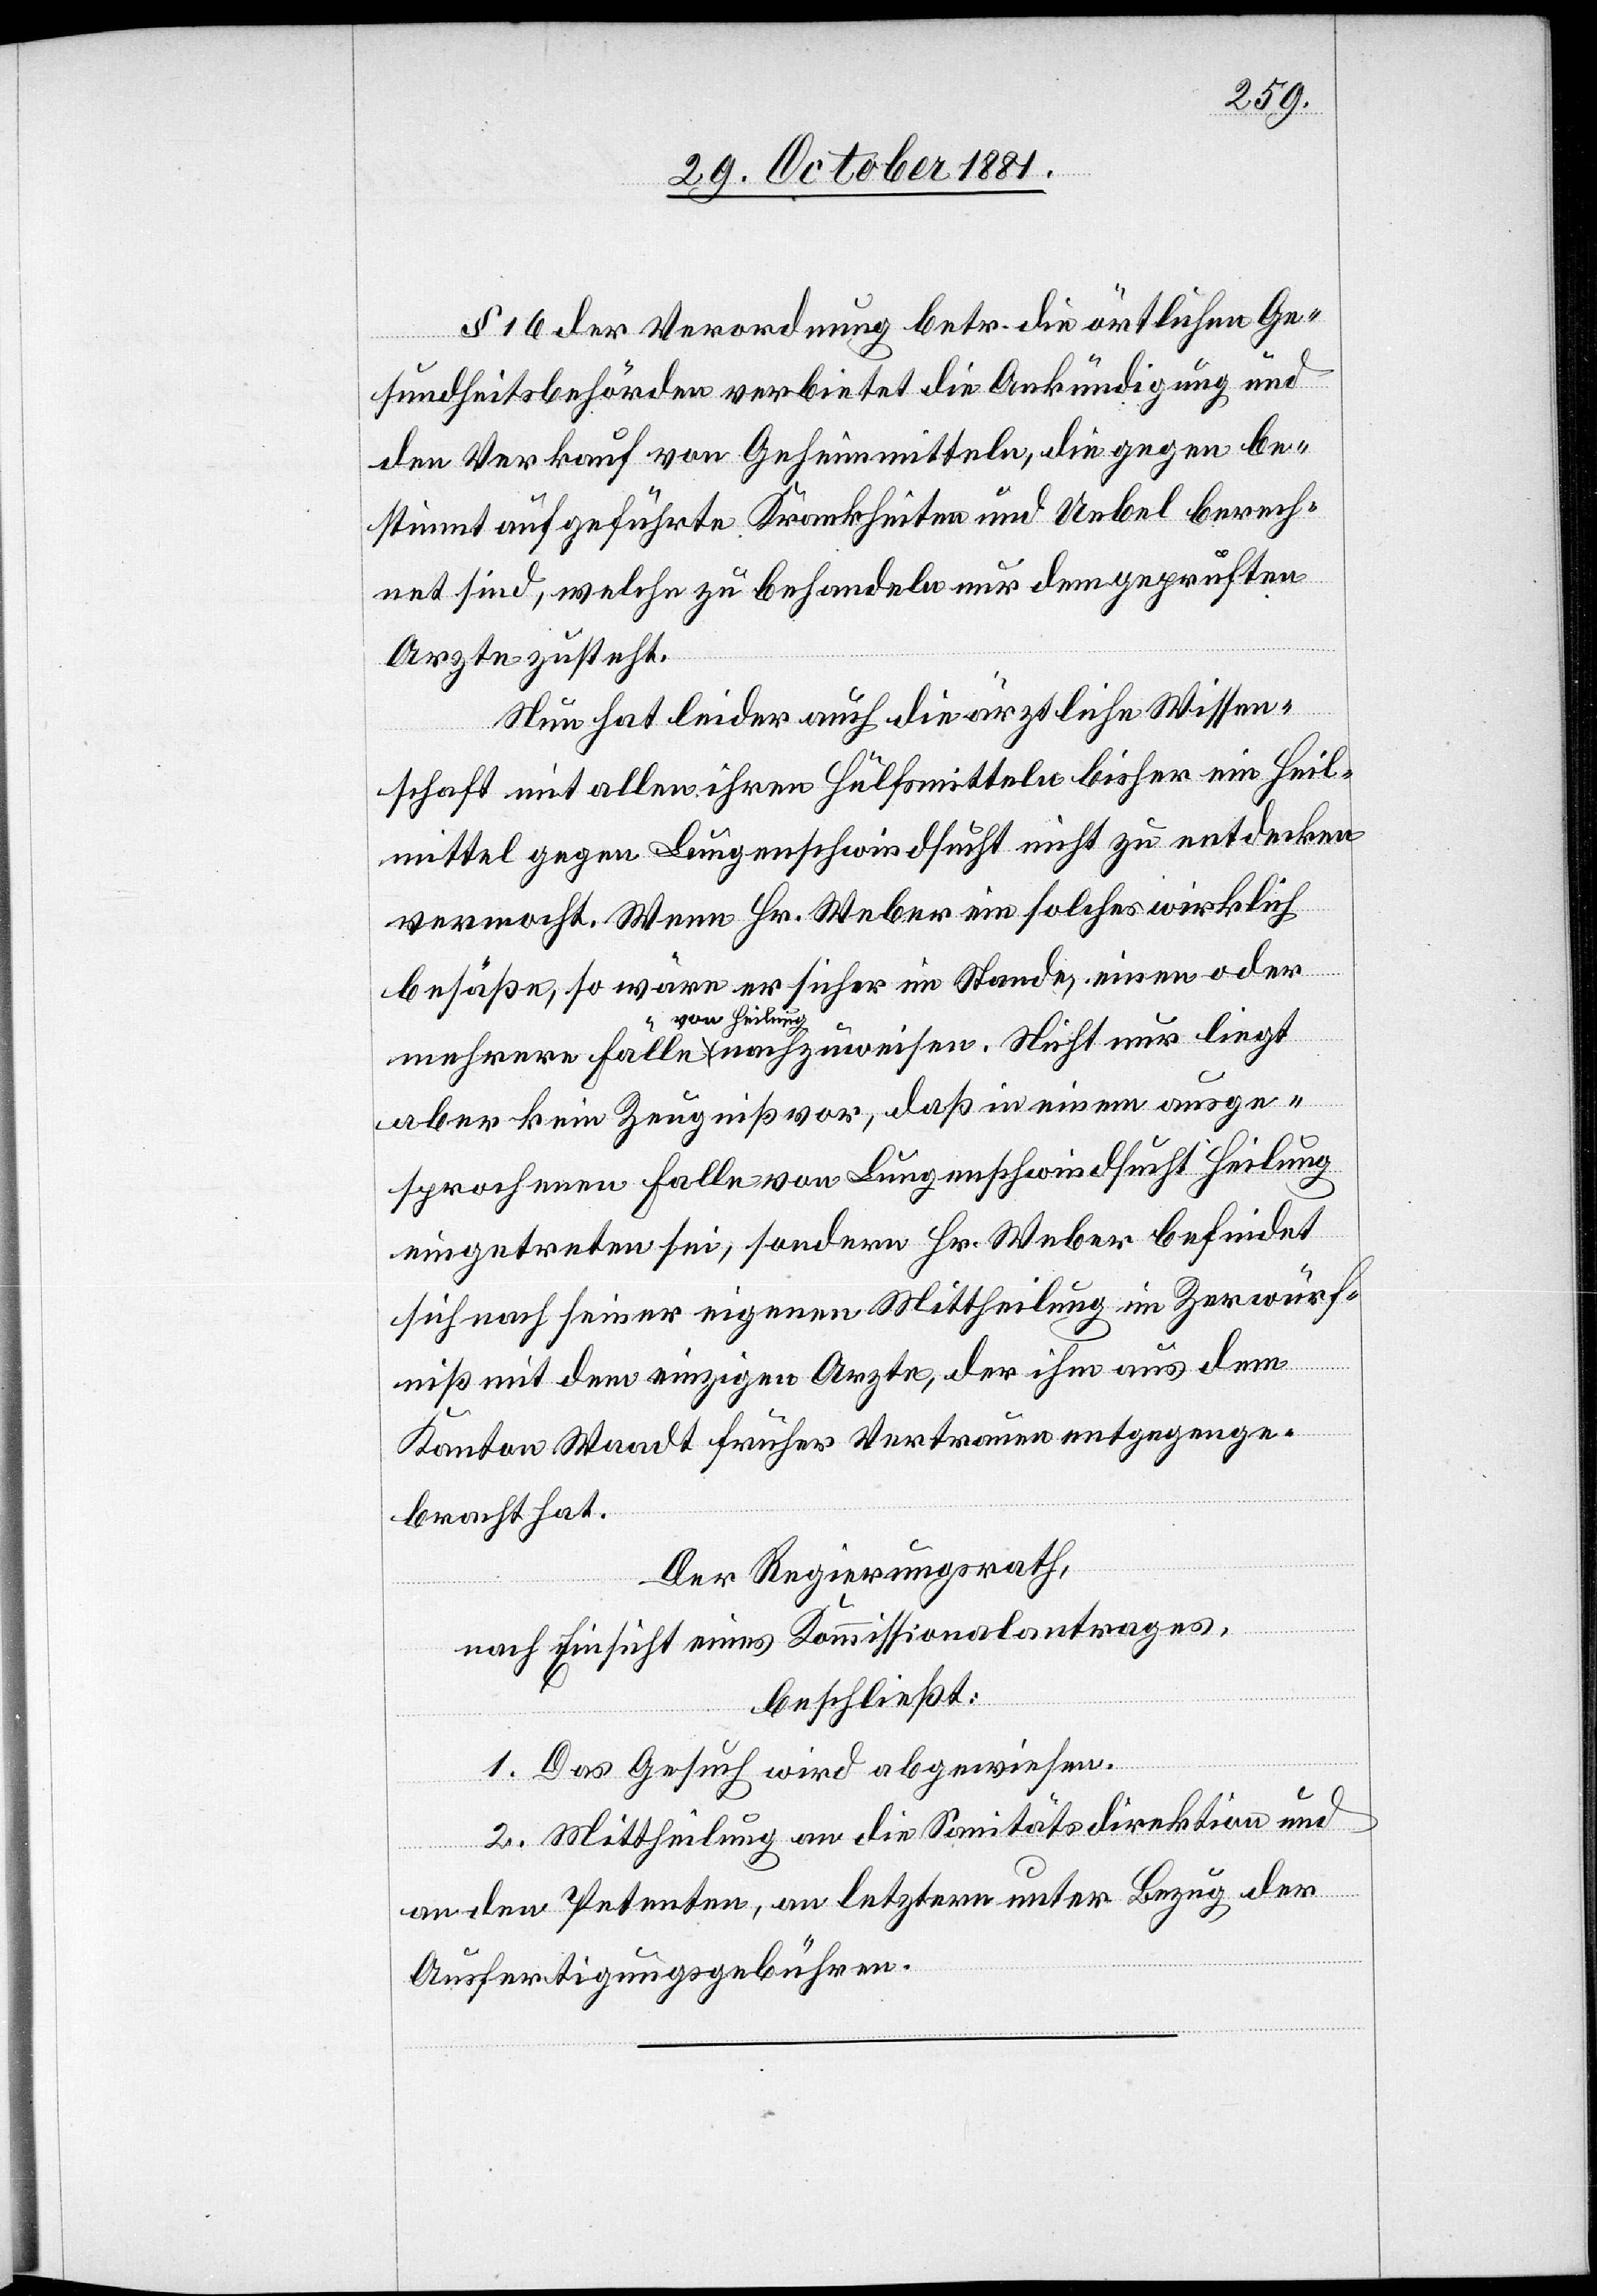
§ 16 der Verordnung betr. die örtlichen Ge¬
sundheitsbehörden verbietet die Ankündigung und
den Verkauf von Geheimmitteln, die gegen be¬
stimmt[e] aufgeführte Krankheiten und Uebel berech¬
net sind, welche zu behandeln nur dem geprüften
Arzte zusteht.
Nun hat leider auch die ärztliche Wissen¬
schaft mit allen ihren Hülfsmitteln bisher ein Heil¬
mittel gegen Lungenschwindsucht nicht zu entdecken
vermocht. Wenn Hr. Weber ein solches wirklich
nur
besäße, so wäre er sicher im Stande, einen oder
a-von Heilung-a
aber kein Zeugniß vor, daß in einem ausge¬
sprochenen Falle von Lungenschwindsucht Heilung
eingetreten sei, sondern Hr. Weber befindet
sich nach seiner eigenen Mittheilung im Zerwürf¬
niß mit dem einzigen Orte, der ihm aus dem
Kanton Waadt früher Vertrauen entgegenge¬
bracht hat.
Der Regierungsrath,
nach Einsicht eines Kommissionalantrages,
beschließt:
1. Das Gesuch wird abgewiesen.
2. Mittheilung an die Sanitätsdirektion und
an den Petenten, an letztern unter Bezug der
Ausfertigungsgebühren.